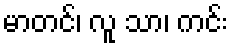
မာတင်၊ လူ သာ၊ ကင်း